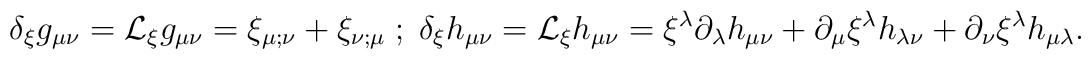
\delta_{\xi}g_{\mu \nu} = {\cal L}_{\xi} g_{\mu \nu} = \xi_{\mu ; \nu}+ \xi_{\nu ; \mu} \; ; \;\delta_{\xi}h_{\mu \nu} = {\cal L}_{\xi} h_{\mu \nu} = \xi^{\lambda} \partial_{\lambda}h_{\mu \nu} + \partial_{\mu} \xi^{\lambda} h_{\lambda \nu} + \partial_{\nu} \xi^{\lambda} h_{\mu \lambda} .